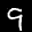
Label: 9